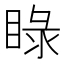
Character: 睩